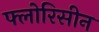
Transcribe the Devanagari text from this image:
फ्लोरिसीन